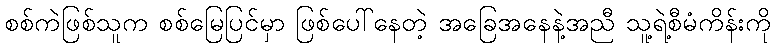
စစ်ကဲဖြစ်သူက စစ်မြေပြင်မှာ ဖြစ်ပေါ်နေတဲ့ အခြေအနေနဲ့အညီ သူ့ရဲ့စီမံကိန်းကို